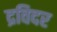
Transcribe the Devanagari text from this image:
द्रविदर